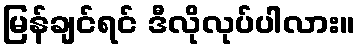
မြန်ချင်ရင် ဒီလိုလုပ်ပါလား။